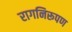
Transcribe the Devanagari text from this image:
रागनिरूपण